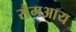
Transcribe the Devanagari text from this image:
सैमआय